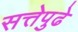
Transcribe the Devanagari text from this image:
सत्तेपुढे